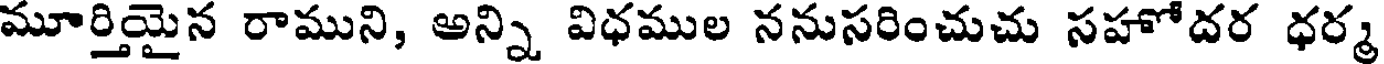
మూర్తియైన రాముని, అన్ని విధముల ననుసరించుచు సహోదర ధర్మ